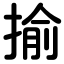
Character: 揄